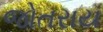
જોતરાય